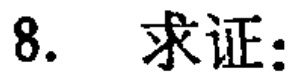
8. 求证：